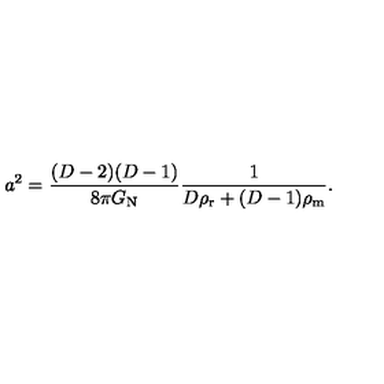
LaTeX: a ^ { 2 } = \frac { ( D - 2 ) ( D - 1 ) } { 8 \pi G _ { \mathrm { N } } } \frac { 1 } { D \rho _ { \mathrm { r } } + ( D - 1 ) \rho _ { \mathrm { m } } } .